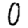
Digit: 0